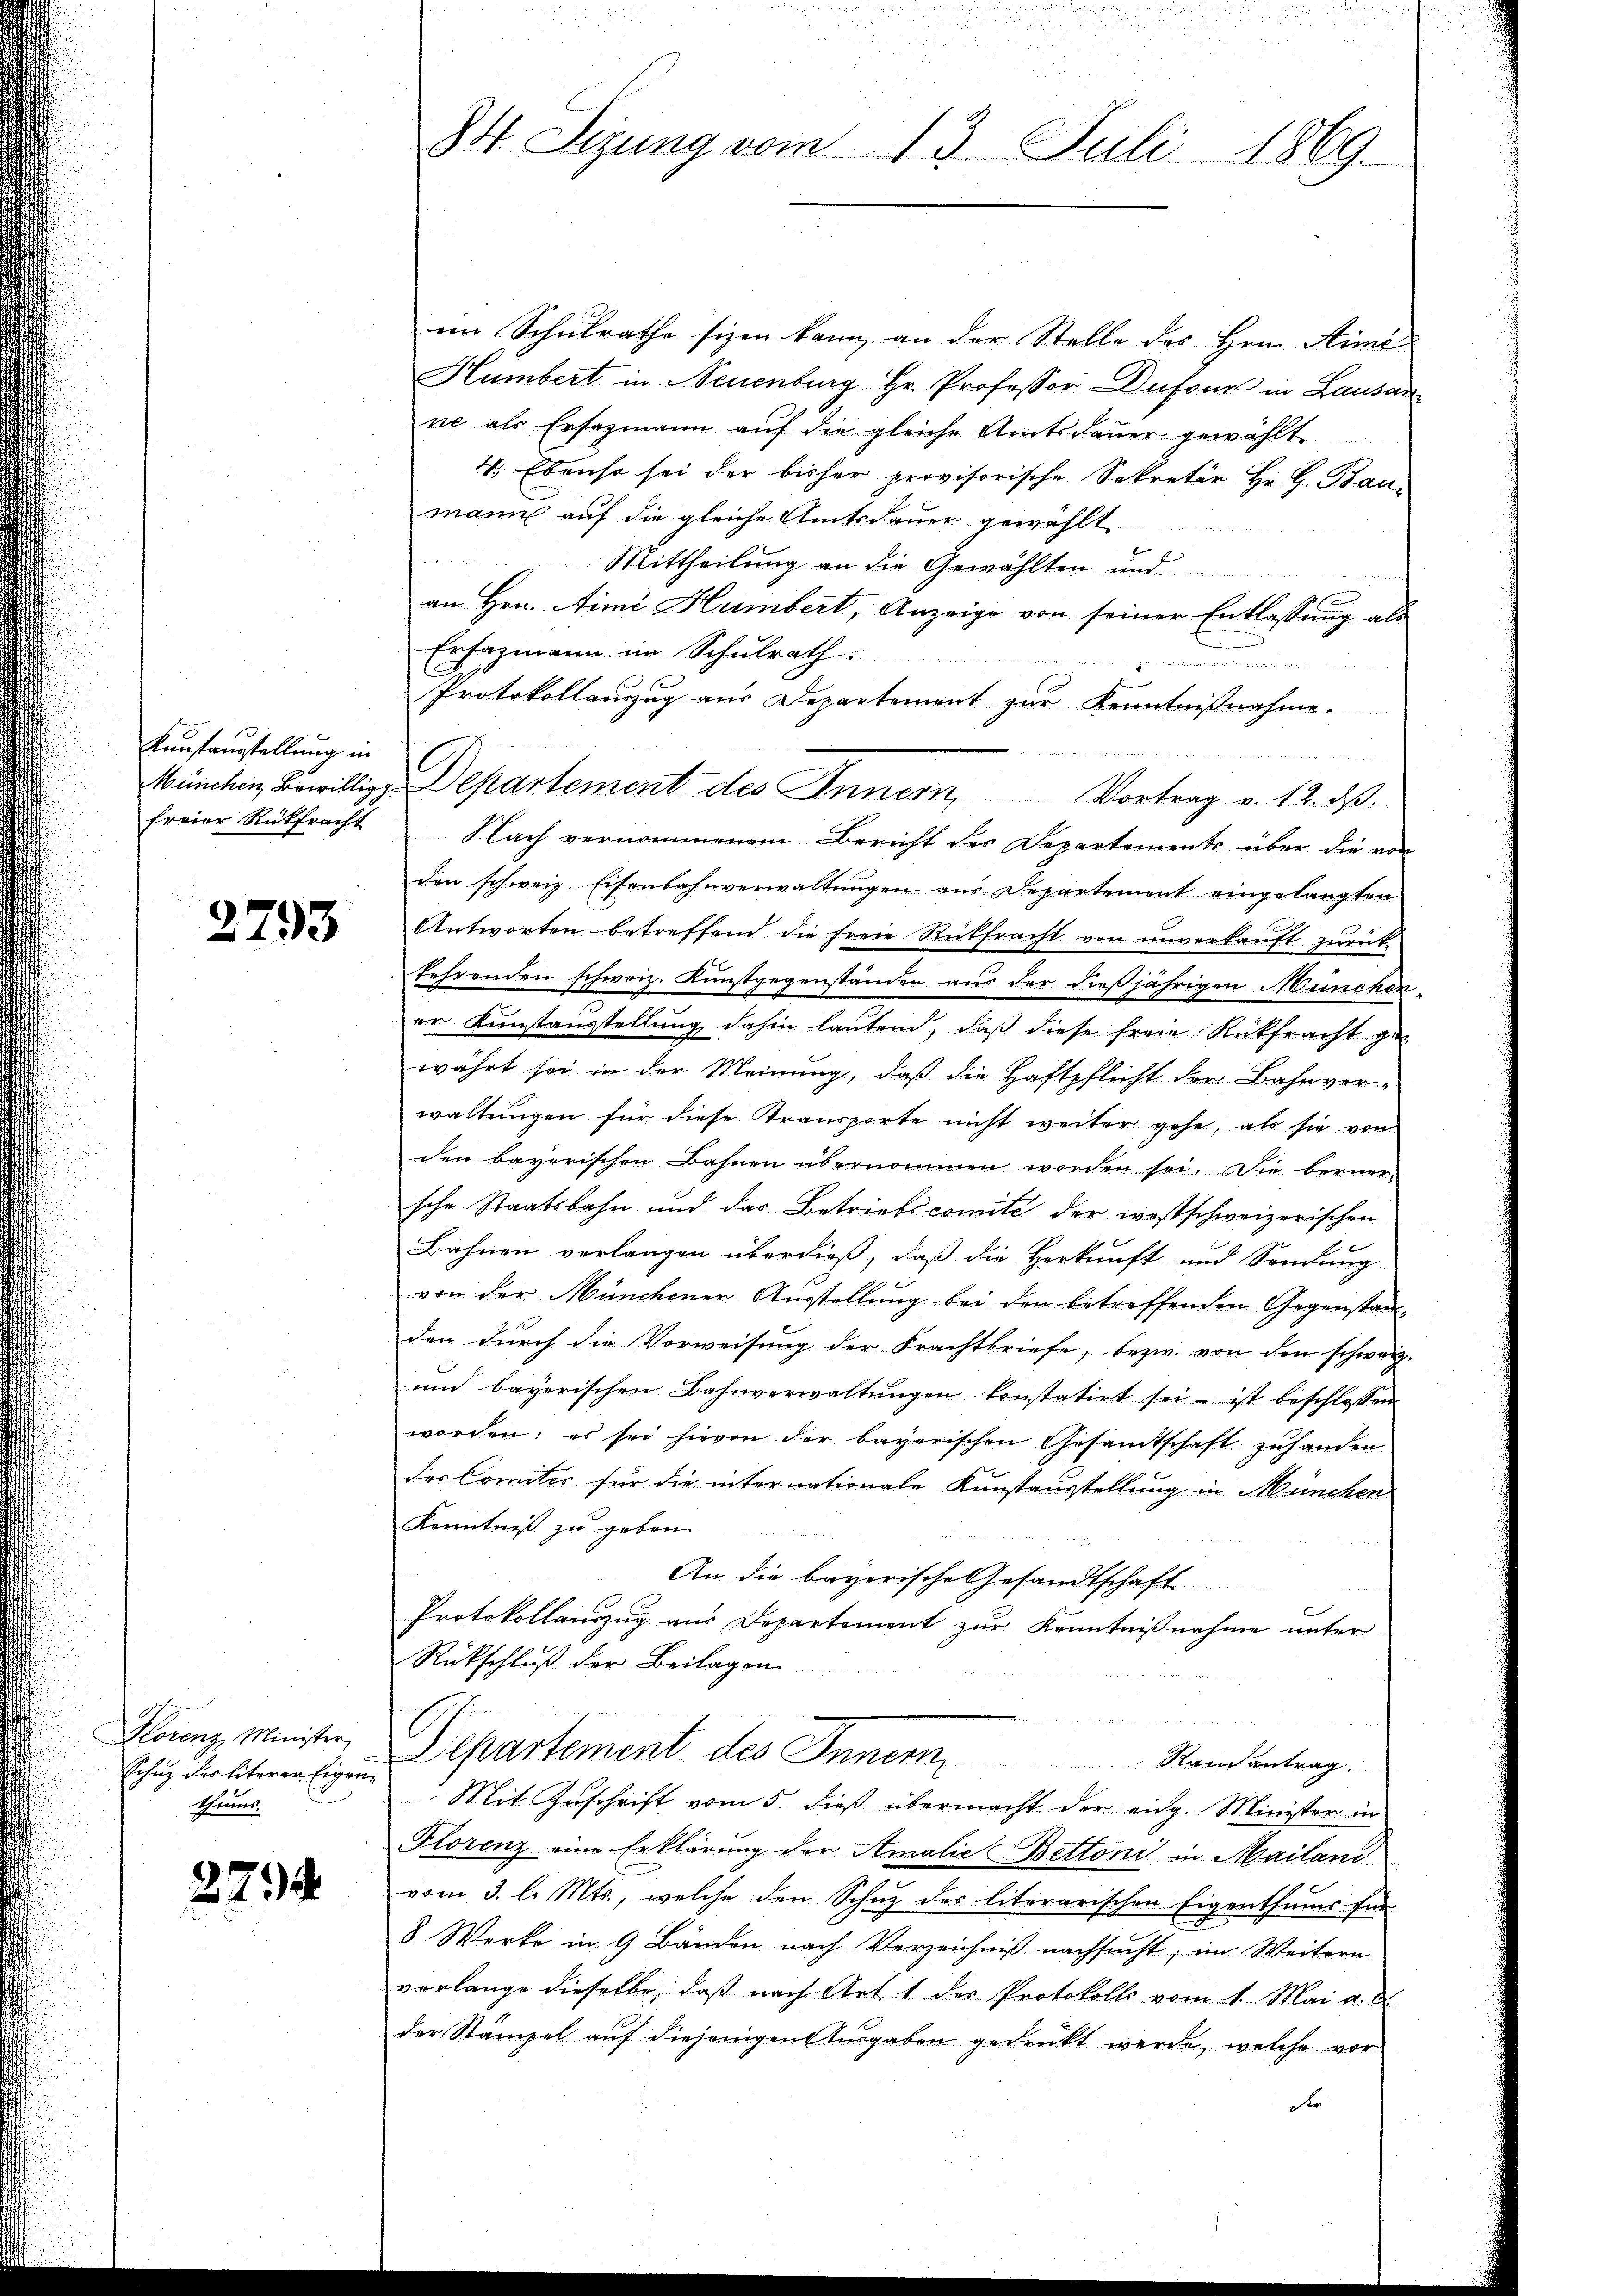
Kunstausstellung in

2793

Klorenz, Minister,
Schuz des literer Eigen¬
Eherens.

274

im Schulrathe sizen kann, an der Stelle des Hrn. Sime
Humbert in Neuenburg Hr. Professor Dufour in Lausan
ne als Ersazmann auf die gleiche Amtsdauer gewählt
4. Ebenso sei der bisher provisorische Sekretär Hr. G. Bau
mann auf die gleiche Amtsdauer gewählt.
Mittheilung an die Gewählten und
an Hrn. Aimi Humbert, Anzeige von seiner Entlassung als
Ersazmann im Schulrath.
 den
Protokollanzug aus Departement zur Kenntnißnahme.
2 x

E
München Bewillige Departement des Innern, Vortrag v. 12. ds.
freier Rükfracht. Nach vernommenem Bericht der Departements über die von
den schweiz. Eisenbahnverwaltungen aus Departement eingelangten
Antworten betreffend die freie Rückfracht von unverkauft zurück
fehrenden schweiz. Kunstgegenständen aus der dießjährigen Münchener Kunstausstellŭng dahin laŭtend, daβ diese freie Rükfracht gewährt sei in der Meinung, daß die Haftpflicht der Bahnver-
waltŭngen für diese Transporte nicht weiter gehe, als sie von
den bayerischen Bahnen übernommen worden sei. Die berner-
sche Staatsbahn und das Betriebscomite der westschweizerischen
Bahnen verlangen überdieß, daß die Herkunft und Sendung
von der Münchener Ausstellung bei den betreffenden Gegenstanden durch die Vorweisung der Frachtbriefe, bezw. von den schweiz.
ŭnd bayerischen Bahnverwaltŭngen konstatirt sei ist beschlossen
worden; es sei hievon der bayerischen Gesamtschaft zufanden
des Comites für die internationale Kunstausstellung in München
Kenntniß zu geben.
An die bayerische Gesandtschaft
Protokollauszug aus Departement zur Kenntnißnahme unter
Rückschluß der Beilagen
Departement des Innom
Randantrag.
Mit Zuschrift vom 5. dieß übermacht der eidg. Minister in
Florenz eine Erklärung der Amalie Bettoni in Mailand
vom 3. l. Mts., welche den Schuz des literarischen Eigenthums für
8 Werke in 9 Bänden nach Verzeichniß nachsucht; im Weitern
verlange dieselbe, daß nach Art. 1 des Protokolls vom 1. Mai a. d.
der Stampel auf diejenigen Ausgaben gedrückt werde, welche vor
Dir

84. Sizung vom 13. Juli 1869